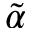
\tilde { \alpha }